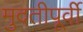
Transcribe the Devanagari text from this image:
मुदतीपूर्वी